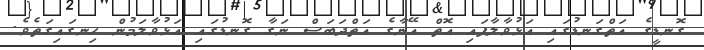
ގޮނޑީގެ އަތްގަނޑުގައި އަޅުވާލާފައި އޮތް އޭނާގެ އަތްދަބަސް ނަގާ ގޮނޑުގައި އަޅުވާލަމުން ހިނގައިގަތެވެ.